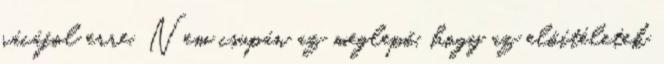
rácáfol erre. Nem csupán az meglepő, hogy az előítéletek